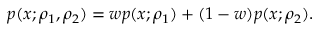
p ( x ; \rho _ { 1 } , \rho _ { 2 } ) = w p ( x ; \rho _ { 1 } ) + ( 1 - w ) p ( x ; \rho _ { 2 } ) .